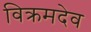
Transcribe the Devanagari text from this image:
विक्रमदेव